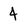
Character: 4